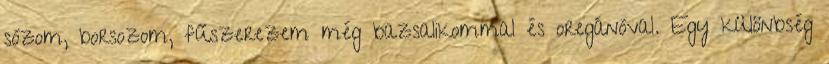
sózom, borsozom, fűszerezem még bazsalikommal és oregánóval. Egy különbség